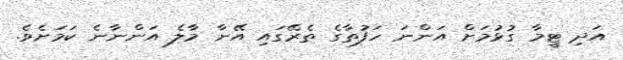
އަދި ޓީމާ ގުޅުމަށް އަންނަ ހަފުތާގެ ތެރޭގައި އޭނާ މާލެ އަންނާނެ ކަމަށެވެ.